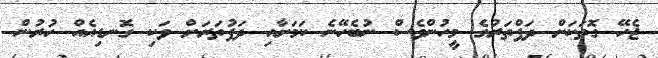
ޖެހޭ ގޮތަކަށް ދަފްތަރުގެ މީހުންވެސް ނުބެހޭނެ ކަމަށާއި ދަފުތަރަށް ވަކި ގޮނޑިއެއް ހުރުން